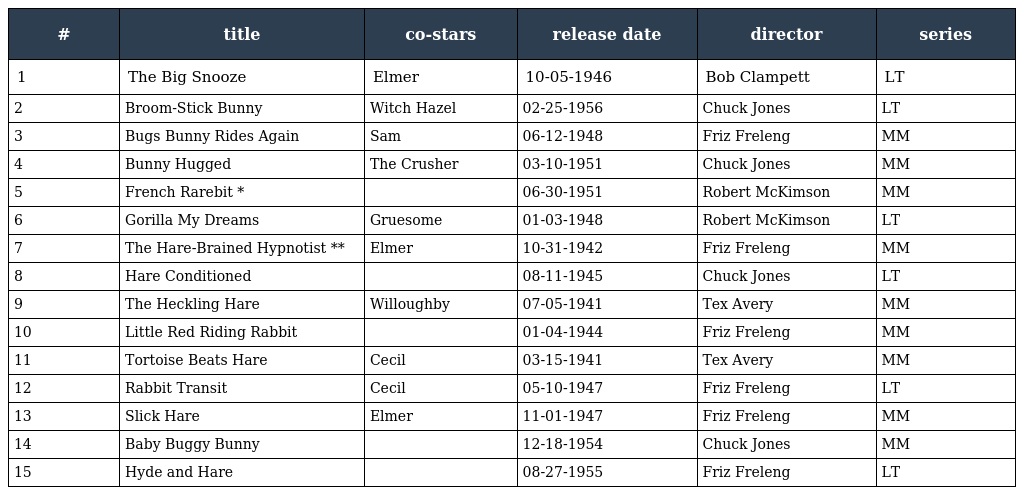
| # | title | co-stars | release date | director | series |
 | --- | --- | --- | --- | --- | --- |
 | 1 | The Big Snooze | Elmer | 10-05-1946 | Bob Clampett | LT |
 | 2 | Broom-Stick Bunny | Witch Hazel | 02-25-1956 | Chuck Jones | LT |
 | 3 | Bugs Bunny Rides Again | Sam | 06-12-1948 | Friz Freleng | MM |
 | 4 | Bunny Hugged | The Crusher | 03-10-1951 | Chuck Jones | MM |
 | 5 | French Rarebit * |  | 06-30-1951 | Robert McKimson | MM |
 | 6 | Gorilla My Dreams | Gruesome | 01-03-1948 | Robert McKimson | LT |
 | 7 | The Hare-Brained Hypnotist ** | Elmer | 10-31-1942 | Friz Freleng | MM |
 | 8 | Hare Conditioned |  | 08-11-1945 | Chuck Jones | LT |
 | 9 | The Heckling Hare | Willoughby | 07-05-1941 | Tex Avery | MM |
 | 10 | Little Red Riding Rabbit |  | 01-04-1944 | Friz Freleng | MM |
 | 11 | Tortoise Beats Hare | Cecil | 03-15-1941 | Tex Avery | MM |
 | 12 | Rabbit Transit | Cecil | 05-10-1947 | Friz Freleng | LT |
 | 13 | Slick Hare | Elmer | 11-01-1947 | Friz Freleng | MM |
 | 14 | Baby Buggy Bunny |  | 12-18-1954 | Chuck Jones | MM |
 | 15 | Hyde and Hare |  | 08-27-1955 | Friz Freleng | LT |